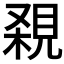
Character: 𧠸